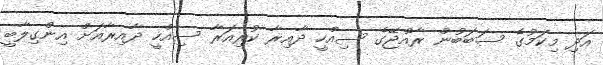
އަދި މިކަމުގެ ސަބަބުން ރާއްޖޭގެ ސިއްހީ ދާއިރާ ކުރިއަރާ ސިއްހީ ދާއިރާއަށް އިންގިލާބީ